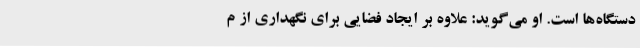
دستگاه‌ها است. او می‌گوید: علاوه بر ایجاد فضایی برای نگهداری از م